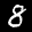
Label: 8